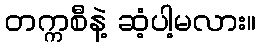
တက္ကစီနဲ့ ဆံ့ပါ့မလား။